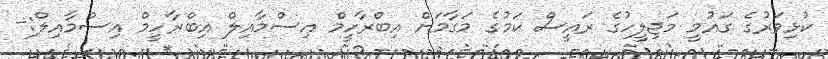
ކުޅިވަރުގެ ގައުމީ މަޖިލީހުގެ ރައީސް ކަމުގެ މަގާމަށް އިބްރާހީމް އިސްމާއިލް އިބްރާހީމް އިސްމާއިލް:-